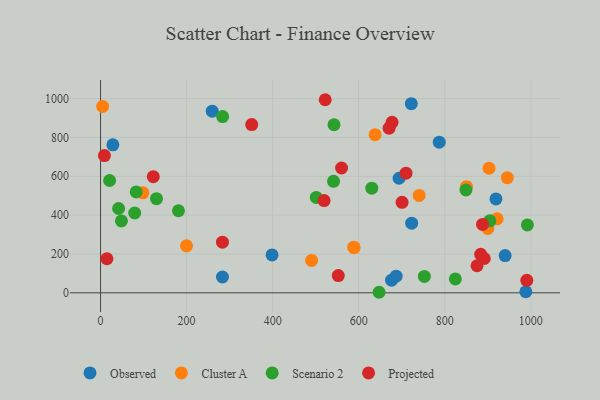
{"axis": {"x": "Speed", "y": "Salary"}, "legend": ["Cluster A", "Observed", "Projected", "Scenario 2"], "data": [{"x": "723.0", "y": 358.5, "type": "Observed"}, {"x": "398.6", "y": 195.1, "type": "Observed"}, {"x": "693.7", "y": 589.8, "type": "Observed"}, {"x": "722.2", "y": 973.9, "type": "Observed"}, {"x": "283.3", "y": 81.4, "type": "Observed"}, {"x": "676.3", "y": 65.3, "type": "Observed"}, {"x": "259.5", "y": 935.3, "type": "Observed"}, {"x": "686.9", "y": 85.9, "type": "Observed"}, {"x": "988.3", "y": 5.4, "type": "Observed"}, {"x": "940.2", "y": 191.7, "type": "Observed"}, {"x": "28.6", "y": 762.1, "type": "Observed"}, {"x": "918.9", "y": 483.5, "type": "Observed"}, {"x": "787.1", "y": 775.7, "type": "Observed"}, {"x": "740.4", "y": 501.6, "type": "Cluster A"}, {"x": "900.0", "y": 331.4, "type": "Cluster A"}, {"x": "638.0", "y": 814.3, "type": "Cluster A"}, {"x": "490.4", "y": 166.7, "type": "Cluster A"}, {"x": "921.6", "y": 381.1, "type": "Cluster A"}, {"x": "589.2", "y": 232.0, "type": "Cluster A"}, {"x": "98.3", "y": 514.7, "type": "Cluster A"}, {"x": "850.5", "y": 546.3, "type": "Cluster A"}, {"x": "945.3", "y": 592.8, "type": "Cluster A"}, {"x": "4.8", "y": 959.8, "type": "Cluster A"}, {"x": "588.4", "y": 235.0, "type": "Cluster A"}, {"x": "902.8", "y": 641.4, "type": "Cluster A"}, {"x": "199.8", "y": 242.0, "type": "Cluster A"}, {"x": "824.5", "y": 71.5, "type": "Scenario 2"}, {"x": "647.3", "y": 2.8, "type": "Scenario 2"}, {"x": "849.2", "y": 529.3, "type": "Scenario 2"}, {"x": "181.1", "y": 422.5, "type": "Scenario 2"}, {"x": "991.9", "y": 349.4, "type": "Scenario 2"}, {"x": "630.3", "y": 538.6, "type": "Scenario 2"}, {"x": "21.0", "y": 578.4, "type": "Scenario 2"}, {"x": "752.5", "y": 84.2, "type": "Scenario 2"}, {"x": "283.7", "y": 907.7, "type": "Scenario 2"}, {"x": "904.6", "y": 370.9, "type": "Scenario 2"}, {"x": "542.5", "y": 865.7, "type": "Scenario 2"}, {"x": "130.0", "y": 484.5, "type": "Scenario 2"}, {"x": "541.4", "y": 573.9, "type": "Scenario 2"}, {"x": "501.3", "y": 491.3, "type": "Scenario 2"}, {"x": "41.9", "y": 434.2, "type": "Scenario 2"}, {"x": "48.5", "y": 370.1, "type": "Scenario 2"}, {"x": "82.8", "y": 519.4, "type": "Scenario 2"}, {"x": "79.3", "y": 411.0, "type": "Scenario 2"}, {"x": "283.3", "y": 260.7, "type": "Projected"}, {"x": "522.1", "y": 994.2, "type": "Projected"}, {"x": "9.0", "y": 706.6, "type": "Projected"}, {"x": "709.9", "y": 615.8, "type": "Projected"}, {"x": "874.9", "y": 139.3, "type": "Projected"}, {"x": "14.8", "y": 175.5, "type": "Projected"}, {"x": "883.4", "y": 198.3, "type": "Projected"}, {"x": "700.7", "y": 466.1, "type": "Projected"}, {"x": "519.5", "y": 474.8, "type": "Projected"}, {"x": "552.5", "y": 88.8, "type": "Projected"}, {"x": "122.6", "y": 597.8, "type": "Projected"}, {"x": "351.3", "y": 866.1, "type": "Projected"}, {"x": "677.4", "y": 877.9, "type": "Projected"}, {"x": "990.6", "y": 64.3, "type": "Projected"}, {"x": "560.1", "y": 642.7, "type": "Projected"}, {"x": "670.6", "y": 847.8, "type": "Projected"}, {"x": "891.8", "y": 176.8, "type": "Projected"}, {"x": "887.7", "y": 352.0, "type": "Projected"}]}